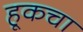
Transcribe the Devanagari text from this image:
हूकचा